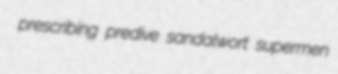
prescribing predive sandalwort supermen